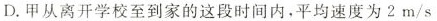
D.甲从离开学校至到家的这段时间内，平均速度为2m/s